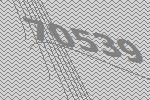
70539